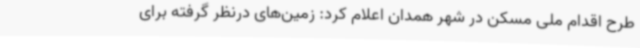
طرح اقدام ملی مسکن در شهر همدان اعلام کرد: زمین‌های درنظر گرفته برای